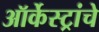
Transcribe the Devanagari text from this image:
ऑर्केस्ट्रांचे